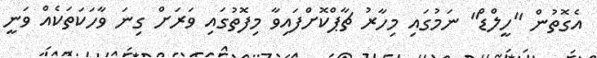
އެގޮތުން "ހީލްޑް" ނަމުގައި މިހާރު ޗާޕްކޮށްފައިވާ މިފޮތުގައި ވަރަށް ގިނަ ވާހަކަތަކެއް ވަނީ